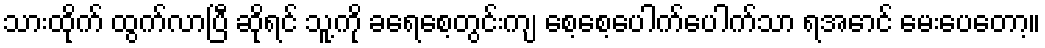
သားထိုက် ထွက်လာပြီ ဆိုရင် သူ့ကို ခရေစေ့တွင်းကျ စေ့စေ့ပေါက်ပေါက်သာ ရအောင် မေးပေတော့။